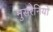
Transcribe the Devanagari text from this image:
नुसरैनियों